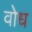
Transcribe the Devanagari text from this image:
वोध